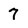
Character: 7